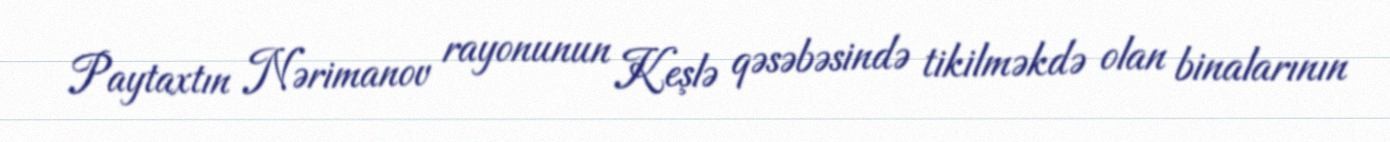
Paytaxtın Nərimanov rayonunun Keşlə qəsəbəsində tikilməkdə olan binalarının